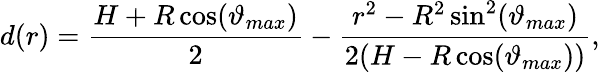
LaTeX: d(r)=\frac{H+R\cos(\vartheta_{max})}{2}-\frac{r^{2}-R^{2}\sin^{2}(\vartheta_{max})}{2(H-R\cos(\vartheta_{max}))},